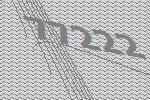
77222